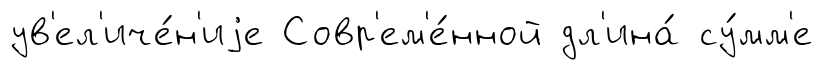
ув'ел'иче́н'иjе Совр'ем'е́нной дл'ина́ су́мм'е